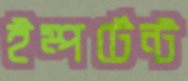
ইম্পর্টেন্ট